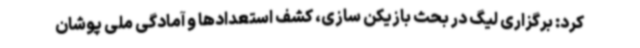
کرد: برگزاری لیگ در بحث بازیکن سازی، کشف استعدادها و آمادگی ملی پوشان